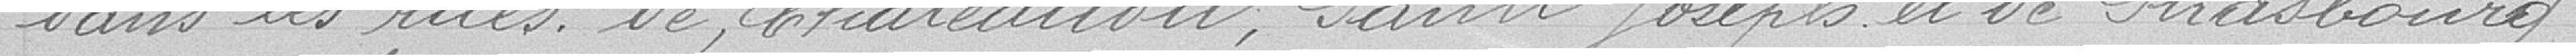
dans les rues de Châteaudun,  Saint-Joseph et de Strasbourg,